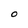
Character: 0